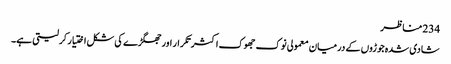
234 مناظر
شادی شدہ جوڑوں کے درمیان معمولی نوک جھوک اکثر تکرار اور جھگڑے کی شکل اختیار کرلیتی ہے۔